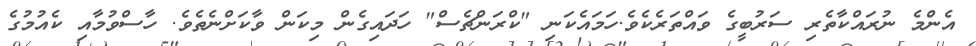
އެންމެ ނުރައްކާތެރި ސަރުބީގެ ވައްތަރެކެވެ.ހަމައެކަނި "ކްރަންޗެސް" ހަދައިގެން މިކަން ވާކަށްނެތެވެ. ހާސްވުމާއި ކެއުމުގެ